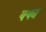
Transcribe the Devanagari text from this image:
क्क्य